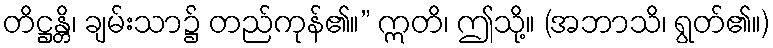
တိဋ္ဌန္တိ၊ ချမ်းသာ၌ တည်ကုန်၏။” ဣတိ၊ ဤသို့။ (အဘာသိ၊ ရွတ်၏။)